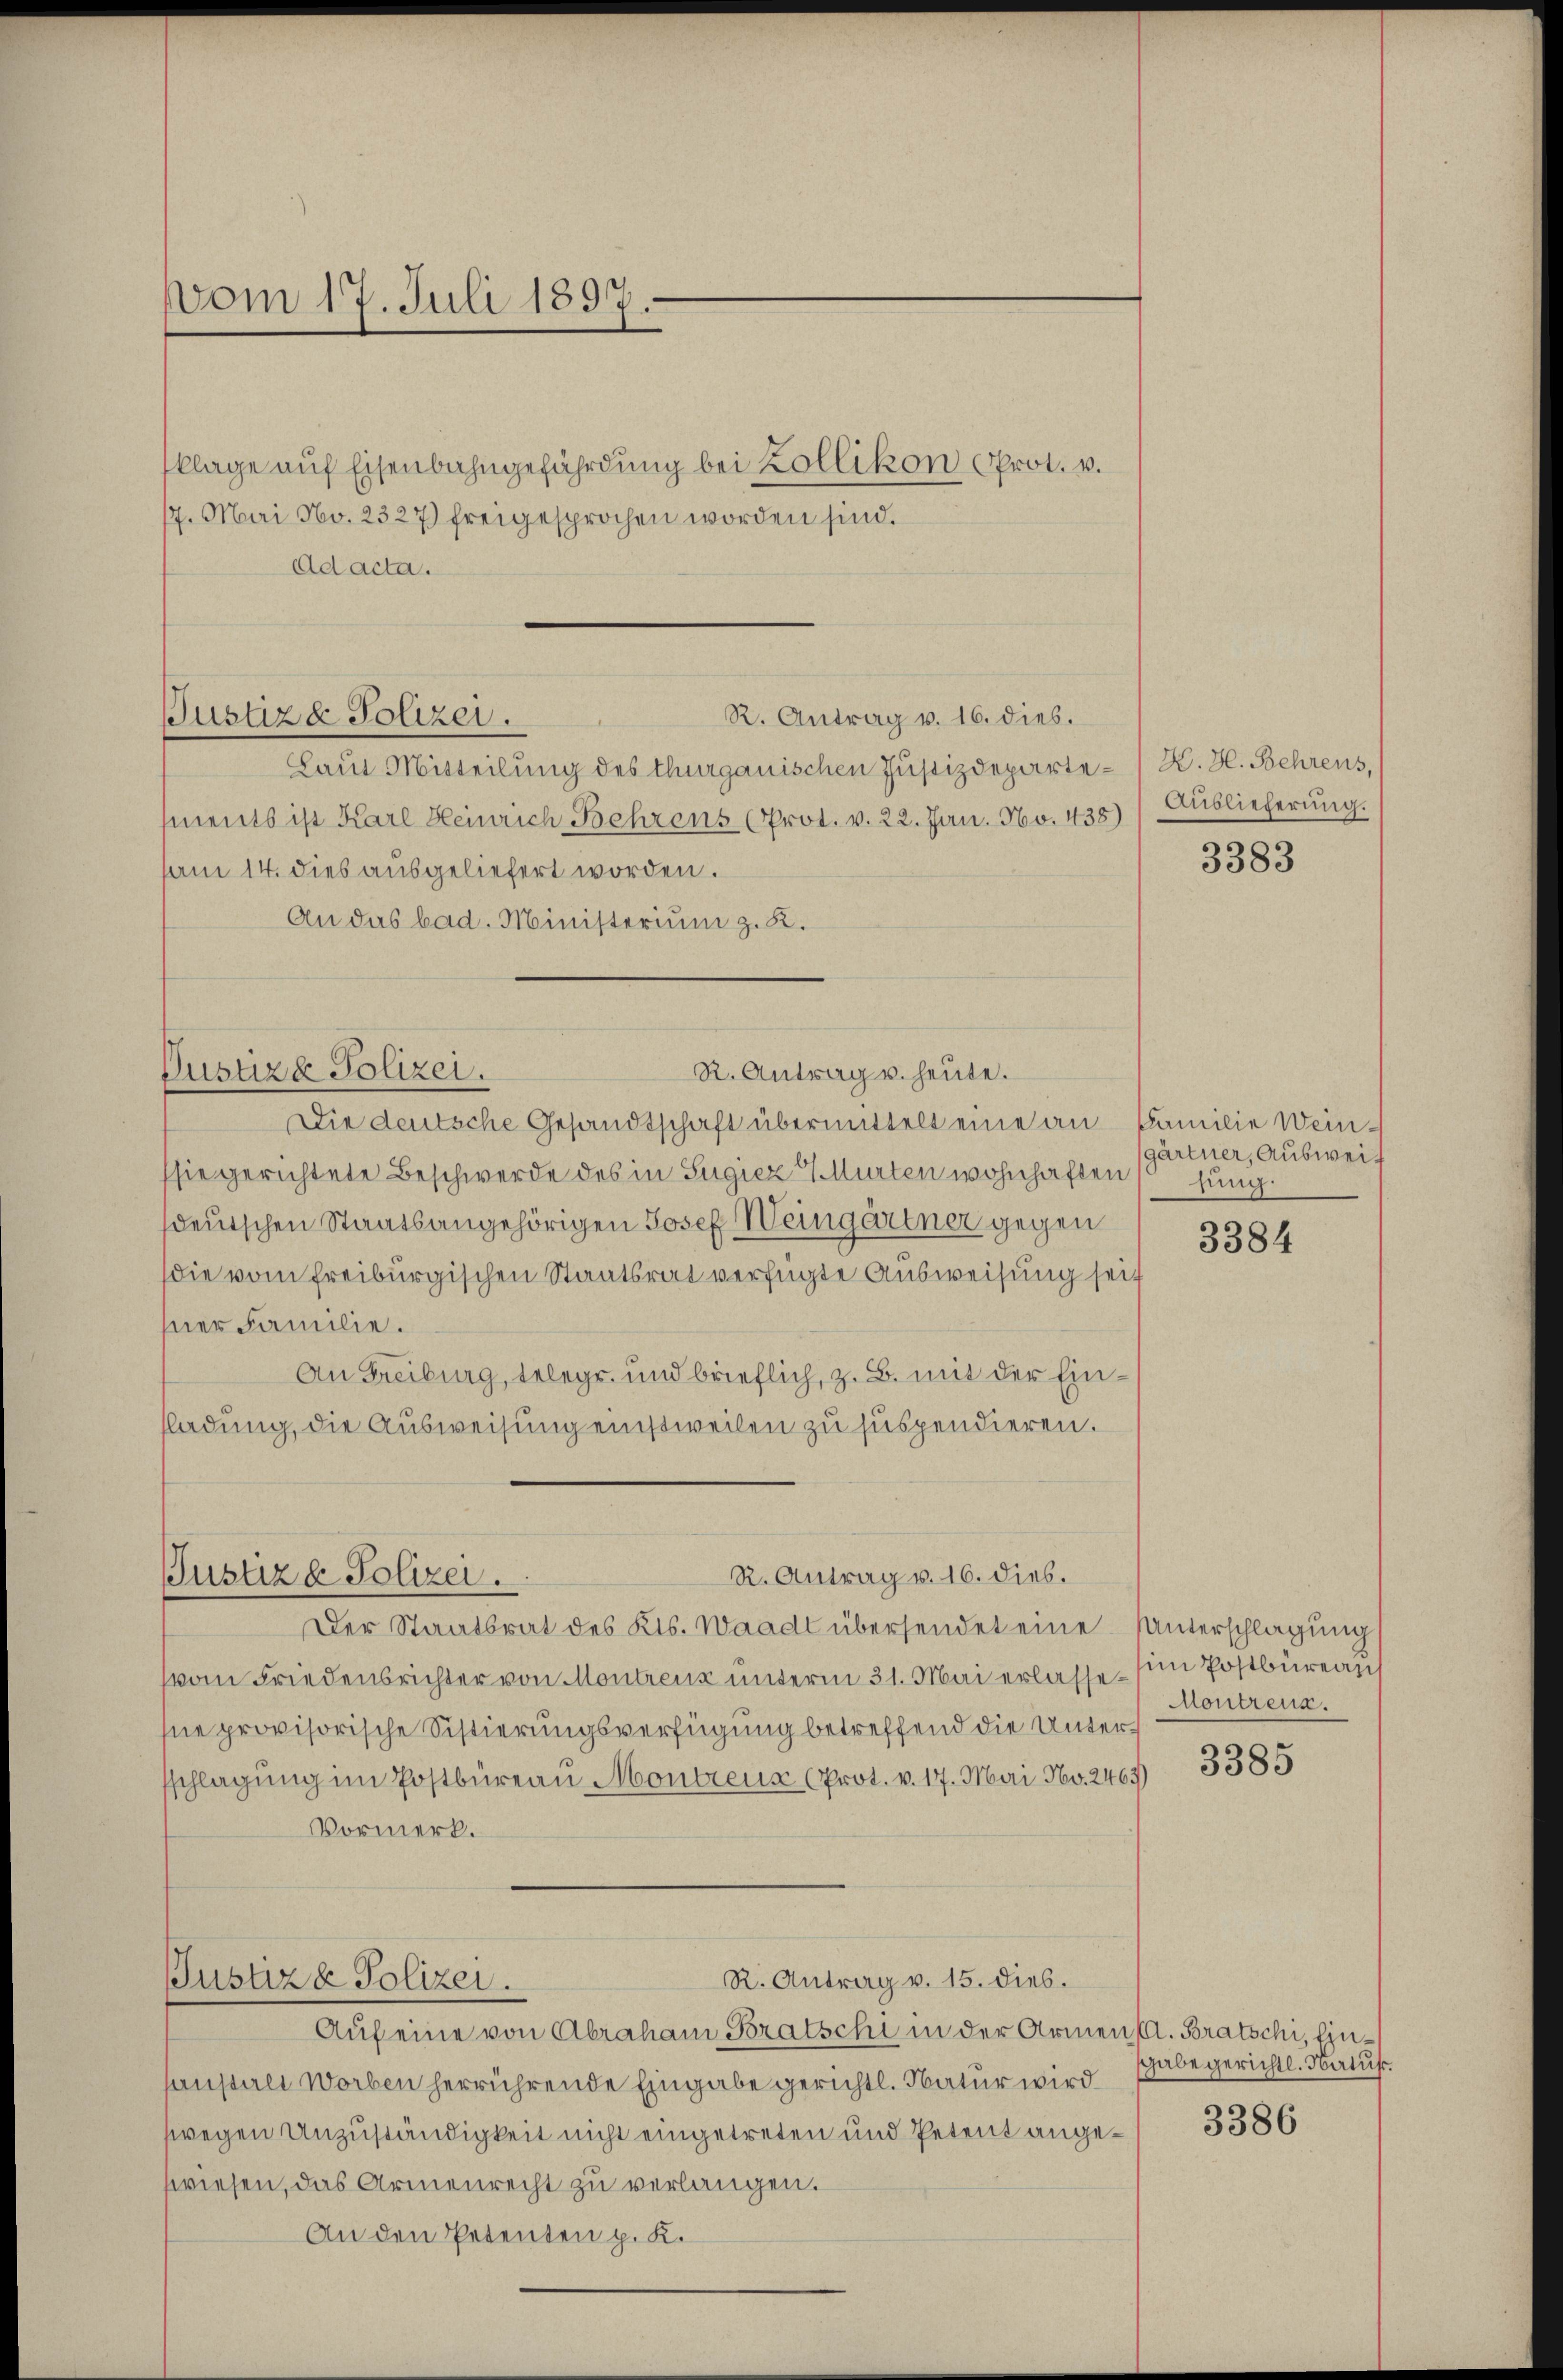
vom 17. Juli 1897.

klage auf Eisenbahngefährdung bei Kollikon Prot. v.
17. Mai No. 2327) freigesprochen worden sind.
Ad acta.

Laut Mitteilung des thurgauischen Justizdepartements ist Karl Heinrich Behrens (Prot. v. 22. Jun. 160. 438
am 14. dies ausgeliefert worden.
An das bad. Ministerium z. R.

R. Antrag v. 16. dieb.
Justiz & Polizei.

Die deutsche Gesandtschaft übermittelt eine an
sie gerichtete Beschwerde des in Sugiez 4 Murten wohnhaften jung.
deutschen Staatsangehörigen Josef Weingärtner gegen
die vom Freiburgischen Staatsrat verfügte Ausweisung seit
hner Familie.
An Freiburg, telege und brieflich, z. B. mit der Einfladung, die Ausweisung einstweilen zu suspendieren.

R. Antrag u. heute.
Justizd Polizei.

R. Antrag v. 16. dies.
Justiz & Polizei.

hne provisorische Sistierungsverfügung betreffend die Untersschlagung im Postbüreau Montreux (Prot. v. 17. Mai No. 2463)
Vormerk.
R. Antrag v. 15. dies.
Justiz & Polizei.
Auf eine von Abraham Bratschi in der Armen (A. Bratschi, finauparli worben herrührende Eingabe gerichtl. Natur wird
wegen Anzuständigkeit nicht eingetreten und Petent angezwiesen, das Armenrecht zu verlangen.
An den Petenten p. K.

Der Staatsrat des Kts. Waadt übersendet eine Unterschlagung
(vom Friedensrichter von Montreuz unterm 31. Mai erlasse, in Postbüreau

/H. H. Behrens,
) Auslieferung.

3383

Familie Wein-
gärtner, Auswei¬

3384

Montreux.

3385

sgabe gerichtl. Natus.

3386